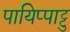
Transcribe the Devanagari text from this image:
पायिप्पाट्टु